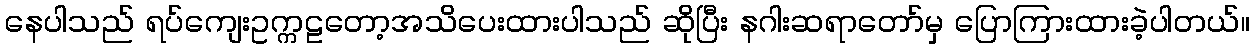
နေပါသည် ရပ်ကျေးဥက္ကဠတော့အသိပေးထားပါသည် ဆိုပြီး နဂါးဆရာတော်မှ ပြောကြားထားခဲ့ပါတယ်။